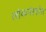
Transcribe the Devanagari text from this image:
लोकपंरपरेत